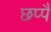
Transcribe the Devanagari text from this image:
छप्पै